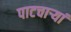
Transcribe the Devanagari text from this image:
पाटचार्‍यां